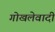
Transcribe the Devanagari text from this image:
गोखलेवादी